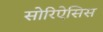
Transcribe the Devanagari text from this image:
सोरिऐसिस